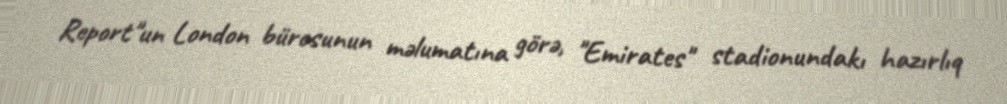
Report"un London bürosunun məlumatına görə, "Emirates" stadionundakı hazırlıq